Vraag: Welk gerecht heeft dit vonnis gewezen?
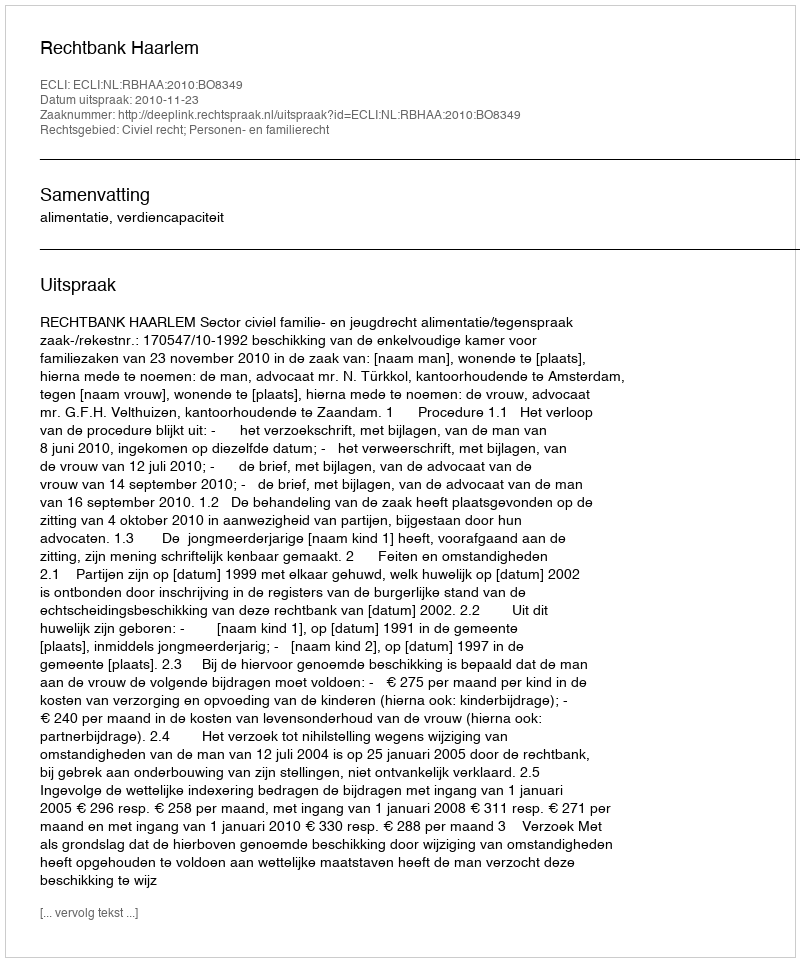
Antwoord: Rechtbank Haarlem